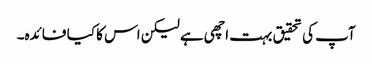
آپ کی تحقیق بہت اچھی ہے لیکن اس کا کیا فائدہ۔